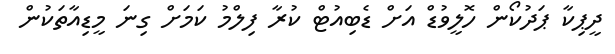
ދީޕިކާ ޕަދުކޯން ހޮލީވުޑް އަށް ޑެބިއުޓް ކުރާ ފިލްމު ކަމަށް ގިނަ މީޑިއާތަކުން